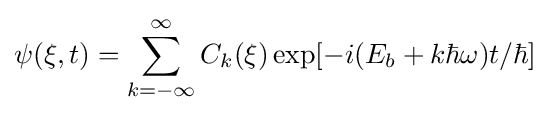
\psi (\mathbf {\xi } ,t)=\sum _{k=-\infty }^{\infty }C_{k}(\mathbf {\xi } )\exp[-i(E_{b}+k\hbar \omega )t/\hbar ]